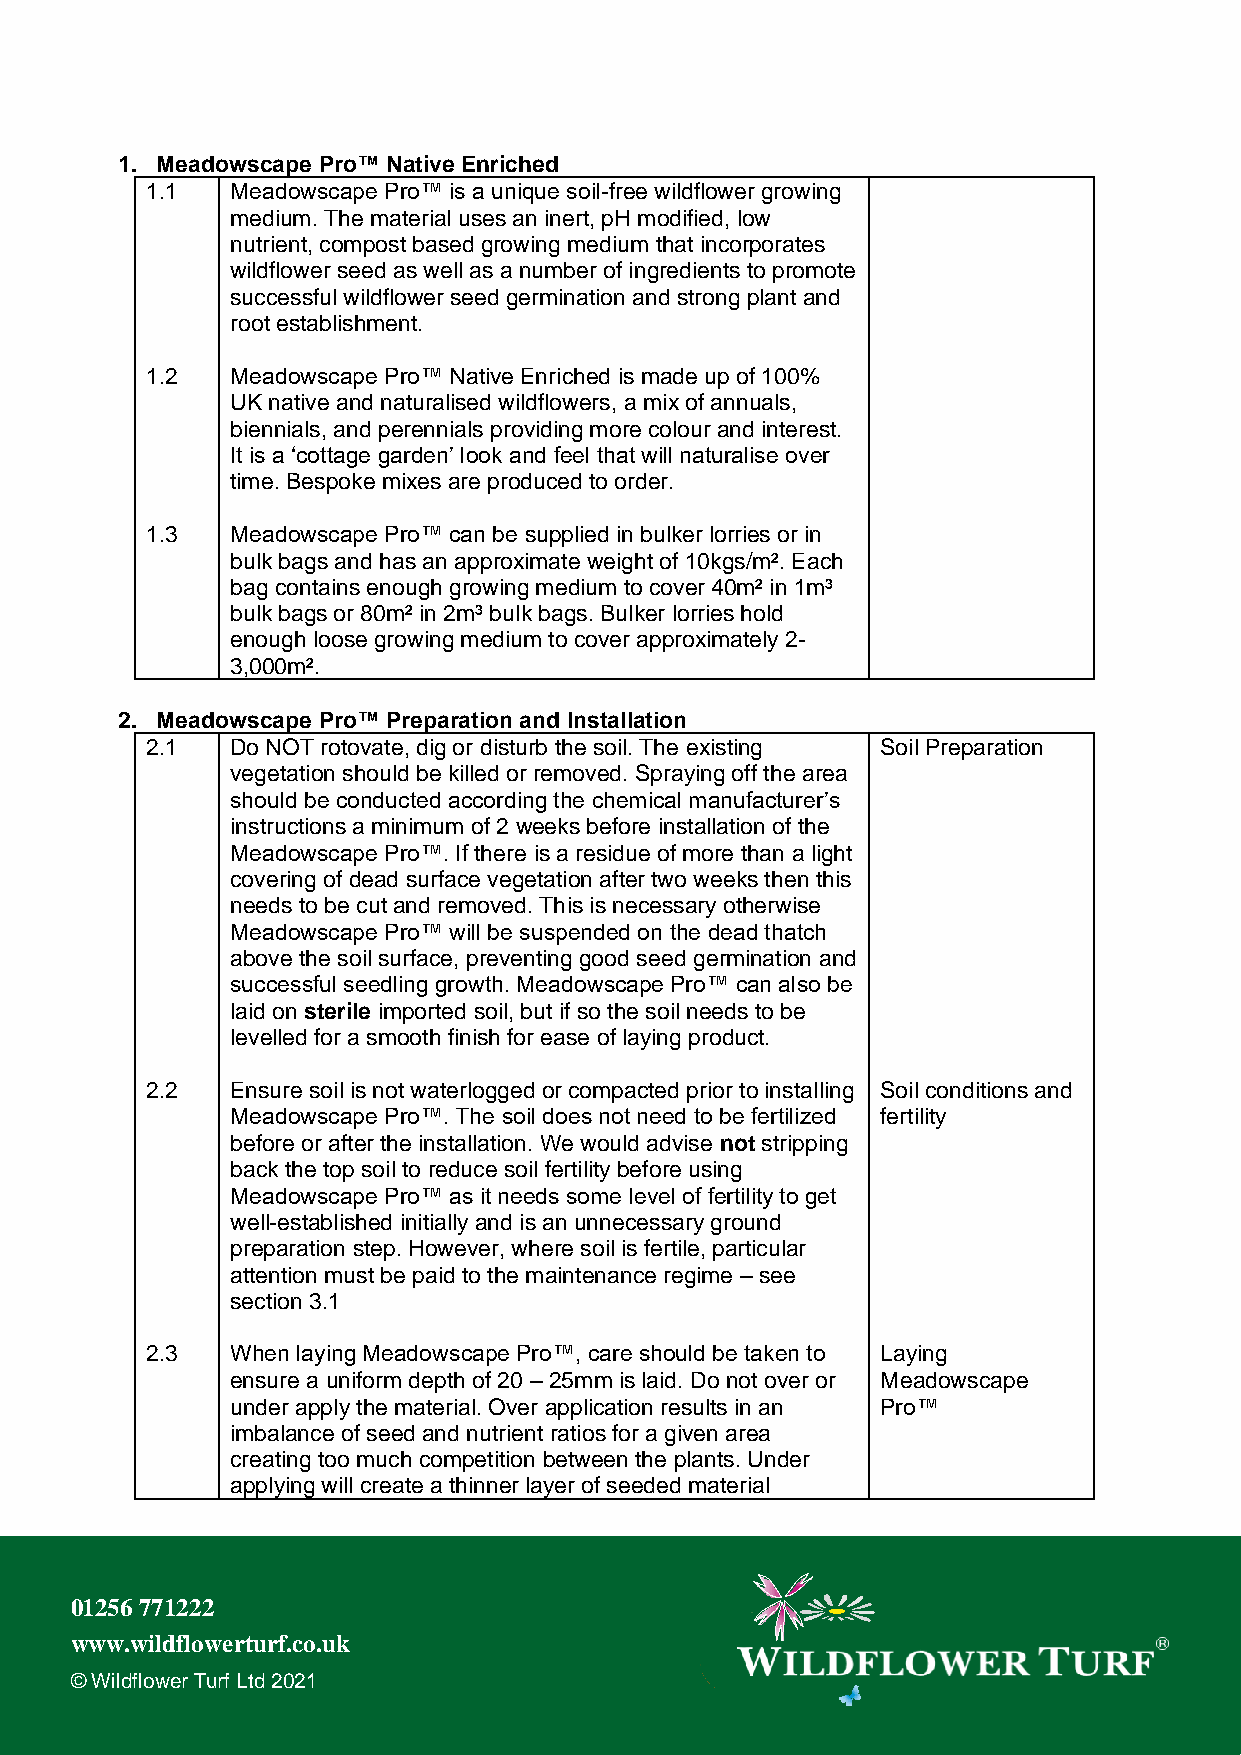
1. Meadowscape Pro™ Native Enriched
 1.1  Meadowscape Pro™ is a unique soil-free wildflower growing
 medium. The material uses an inert, pH modified, low
 nutrient, compost based growing medium that incorporates
 wildflower seed as well as a number of ingredients to promote
 successful wildflower seed germination and strong plant and
 root establishment.
 1.2  Meadowscape Pro™ Native Enriched is made up of 100%
 UK native and naturalised wildflowers, a mix of annuals,
 biennials, and perennials providing more colour and interest.
 It is a ‘cottage garden’ look and feel that will naturalise over
 time. Bespoke mixes are produced to order.
 1.3  Meadowscape Pro™ can be supplied in bulker lorries or in
 bulk bags and has an approximate weight of 10kgs/m². Each
 bag contains enough growing medium to cover 40m² in 1m³
 bulk bags or 80m² in 2m³ bulk bags. Bulker lorries hold
 enough loose growing medium to cover approximately 2-
 3,000m².
 2. Meadowscape Pro™ Preparation and Installation
 2.1  Do NOT rotovate, dig or disturb the soil. The existing Soil Preparation
 vegetation should be killed or removed. Spraying off the area
 should be conducted according the chemical manufacturer’s
 instructions a minimum of 2 weeks before installation of the
 Meadowscape Pro™. If there is a residue of more than a light
 covering of dead surface vegetation after two weeks then this
 needs to be cut and removed. This is necessary otherwise
 Meadowscape Pro™ will be suspended on the dead thatch
 above the soil surface, preventing good seed germination and
 successful seedling growth. Meadowscape Pro™ can also be
 laid on sterile imported soil, but if so the soil needs to be
 levelled for a smooth finish for ease of laying product.
 2.2  Ensure soil is not waterlogged or compacted prior to installing Soil conditions and
 Meadowscape Pro™. The soil does not need to be fertilized fertility
 before or after the installation. We would advise not stripping
 back the top soil to reduce soil fertility before using
 Meadowscape Pro™ as it needs some level of fertility to get
 well-established initially and is an unnecessary ground
 preparation step. However, where soil is fertile, particular
 attention must be paid to the maintenance regime – see
 section 3.1
 2.3  When laying Meadowscape Pro™, care should be taken to Laying
 ensure a uniform depth of 20 – 25mm is laid. Do not over or Meadowscape
 under apply the material. Over application results in an Pro™
 imbalance of seed and nutrient ratios for a given area
 creating too much competition between the plants. Under
 applying will create a thinner layer of seeded material
 01256 771222
 www.wildflowerturf.co.uk
 © Wildflower Turf Ltd 2021